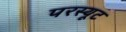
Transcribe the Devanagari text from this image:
परस्यूट